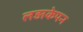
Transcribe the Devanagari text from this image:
लड़ाकेपन